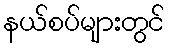
နယ်စပ်များတွင်